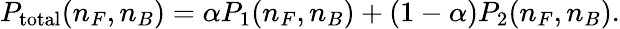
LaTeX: P_{\mathrm{total}}(n_{F},n_{B})=\alpha P_{1}(n_{F},n_{B})+(1-\alpha)P_{2}(n_{F},n_{B}).